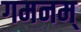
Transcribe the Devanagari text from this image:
गमनम्